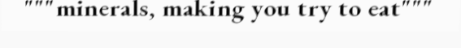
"""minerals, making you try to eat"""